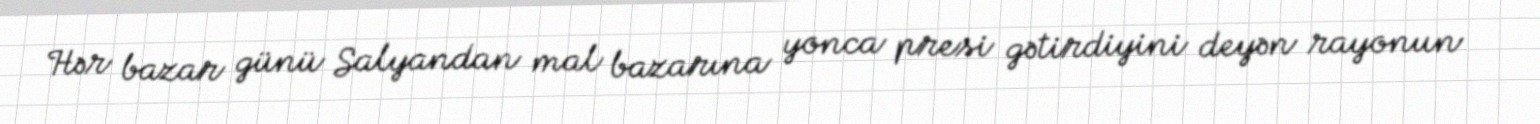
Hər bazar günü Salyandan mal bazarına yonca presi gətirdiyini deyən rayonun